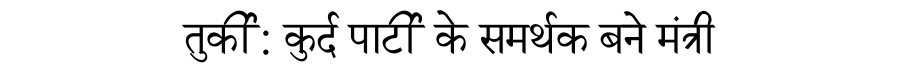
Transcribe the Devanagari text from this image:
तुर्की: कुर्द पार्टी के समर्थक बने मंत्री